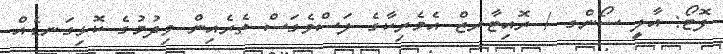
ފޮޓޯ: އާލީ ސޯންގ / ރޮއިޓާރޒް އެމެރިކާގެ ލަސްވެގަސް ތެރެއިން ވިދުމުގެ ކޮޅިގަނޑެއް